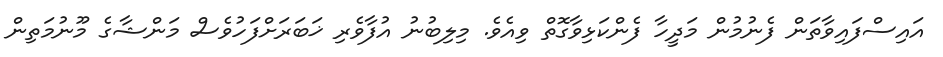
އައިސްފައިވާތަން ފެނުމުން މަދީހާ ފެންކަޅިވާގޮތް ވިއެވެ. މިލިބުނު އުފާވެރި ޚަބަރަށްފަހުވެސް މަންޝާގެ މޫނުމަތިން